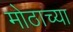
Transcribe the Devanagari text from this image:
मोठाच्या